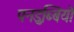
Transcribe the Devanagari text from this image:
पनडुब्बियो